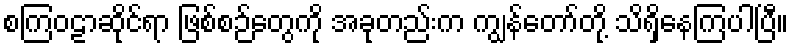
စကြဝဠာဆိုင်ရာ ဖြစ်စဉ်တွေကို အခုတည်းက ကျွန်တော်တို့ သိရှိနေကြပါပြီ။